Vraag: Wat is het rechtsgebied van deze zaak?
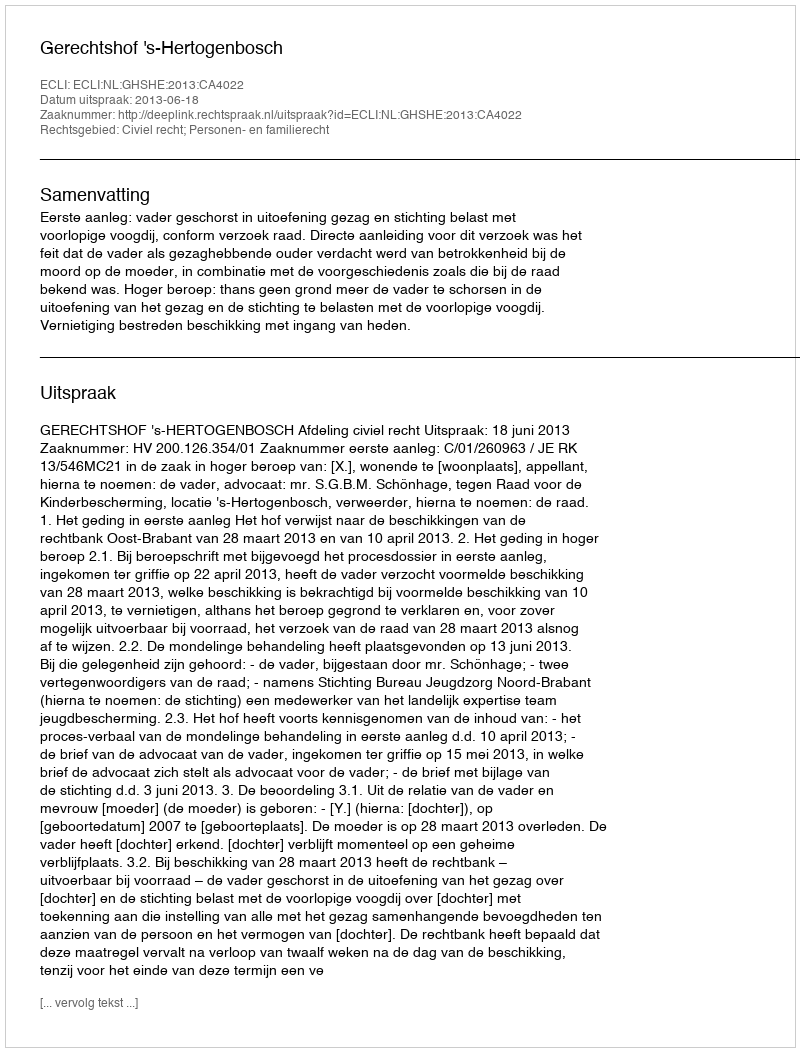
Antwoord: Civiel recht; Personen- en familierecht